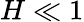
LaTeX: H\ll 1